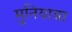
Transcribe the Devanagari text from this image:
मुनियाचा